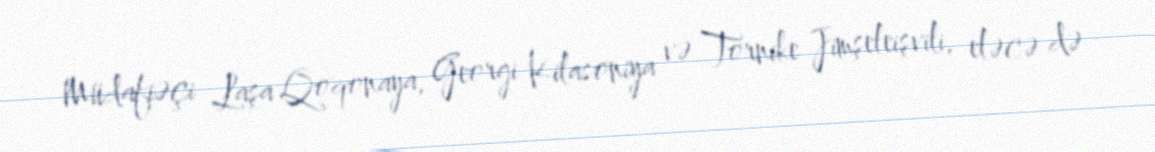
Müdafiəçi Laşa Qoqonaya, Georgi Kilasoniya və Tornike Jimşeleişvili, eləcə də